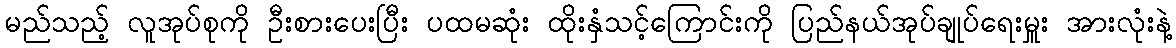
မည်သည့် လူအုပ်စုကို ဦးစားပေးပြီး ပထမဆုံး ထိုးနှံသင့်ကြောင်းကို ပြည်နယ်အုပ်ချုပ်ရေးမှူး အားလုံးနဲ့